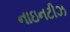
નાઇનટીઝ